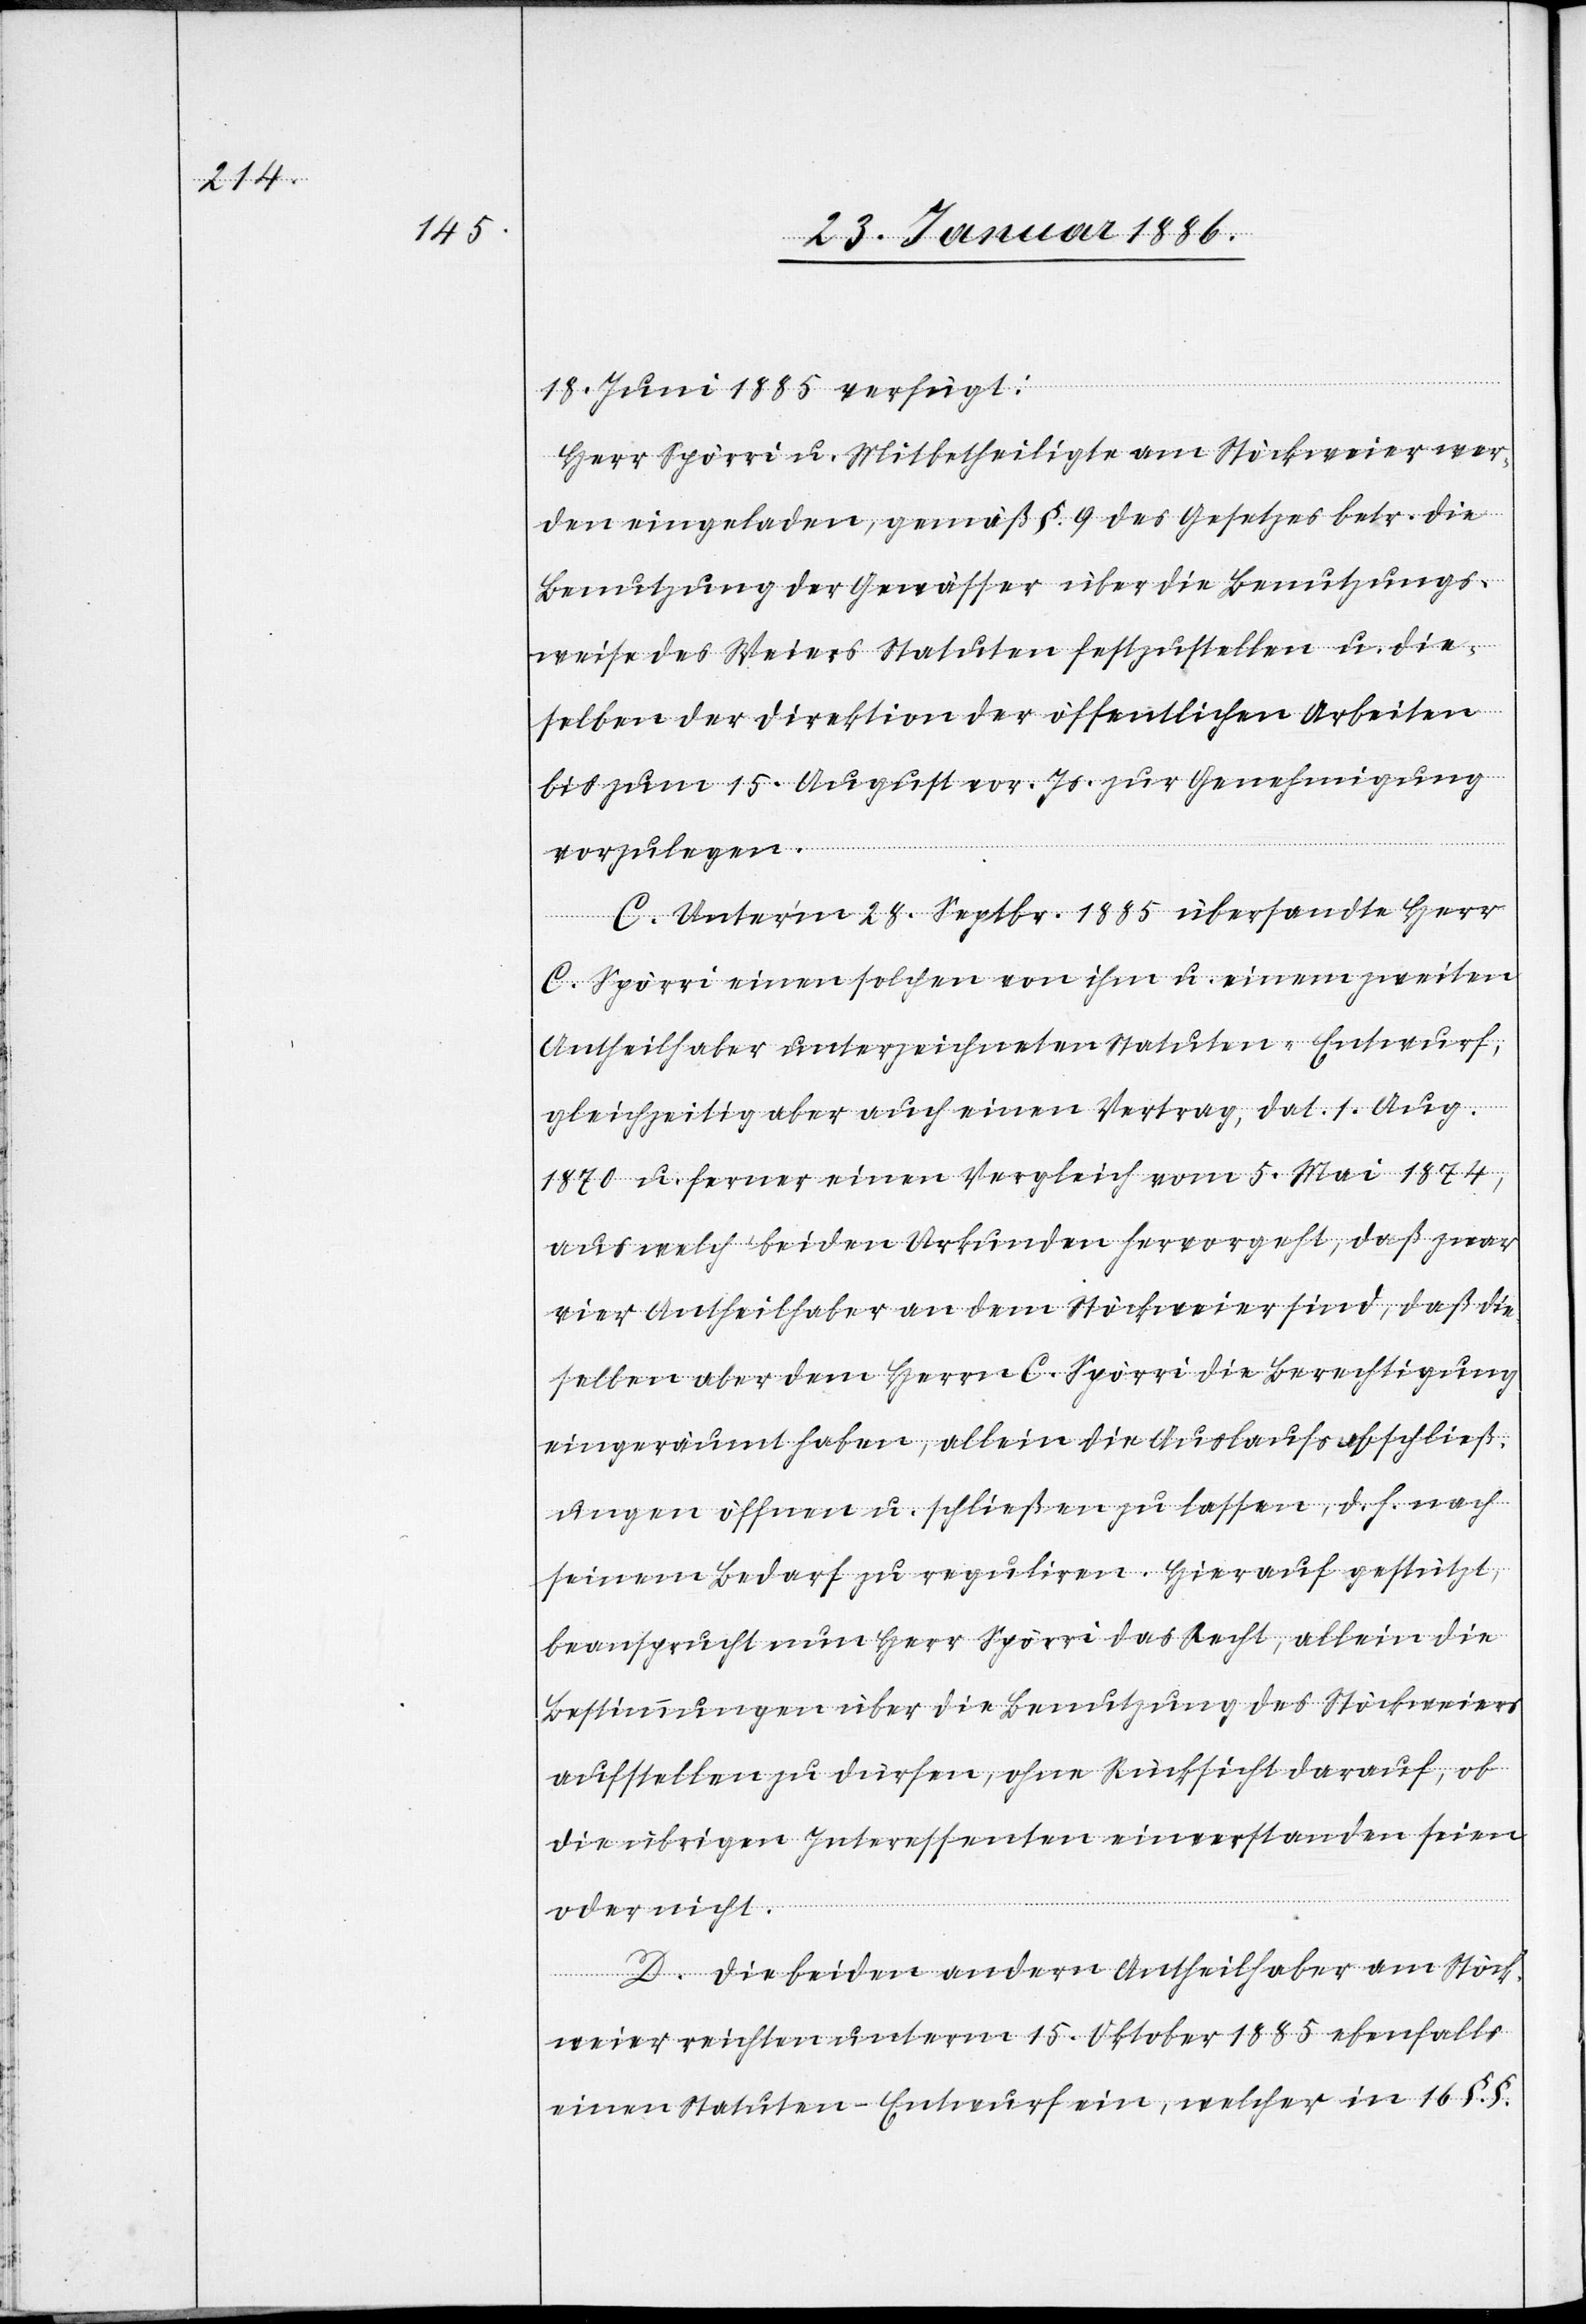
18. Juni 1885 verfügt:
Herr Spörri u. Mitbetheiligte am Stöckweier wer¬
den eingeladen, gemäß §. 9 des Gesetzes betr. die
Benutzung der Gewässer über die Benutzungs¬
weise des Weiers Statuten festzustellen u. die¬
selben der Direktion der öffentlichen Arbeiten
bis zum 15. August vor. Js. zur Genehmigung
vorzulegen.
C. Unterm 28. Septbr. 1885 übersandte Herr
C. Spörri einen solchen von ihm u. einem zweiten
Antheilhaber unterzeichneten Statuten-Entwurf,
gleichzeitig aber auch einen Vertrag, dat. 1 Aug.
1870 u. ferner einen Vergleich vom 5. Mai 1874,
aus welch’ beiden Urkunden hervorgeht, daß zwar
vier Antheilhaber an dem Stöckweier sind, daß die¬
selben aber dem Herrn C. Spörri die Berechtigung
eingeräumt haben, allein die Auslaufsabschließ¬
ungen öffnen u. schließen zu lassen, d. h. nach
seinem Bedarf zu reguliren. Hierauf gestützt,
beansprucht nun Herr Spörri das Recht, allein die
Bestimmungen über die Benutzung des Stöckweiers
aufstellen zu dürfen, ohne Rücksicht darauf, ob
die übrigen Interessenten einverstanden seien
oder nicht.
D. Die beiden andern Antheilhaber am Stöck¬
weier reichten unterm 15. Oktober 1885 ebenfalls
einen Statuten-Entwurf ein, welcher in 16 §. §.